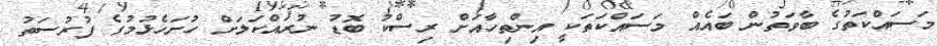
މަސައްކަތުގެ ބާވަތުން ބައެއް މަސައްކަތަކީ އިންތިހާއަށް ރިސްކު ބޮޑު ނުރައްކަލަށް ހުށަހެޅުމުގެ ފުރުސަތު